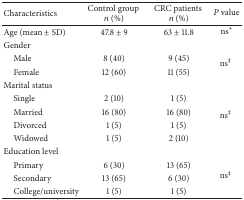
<table><thead><tr><td><b>Characteristics</b></td><td><b>Control group <i>n</i> (%)</b></td><td><b>CRC patients <i>n</i> (%)</b></td><td><b><i>P</i> value</b></td></tr></thead><tbody><tr><td>Age (mean ± SD)</td><td>47.8 ± 9</td><td>63 ± 11.8</td><td>ns∗</td></tr><tr><td>Gender</td><td> </td><td> </td><td> </td></tr><tr><td> Male</td><td>8 (40)</td><td>9 (45)</td><td rowspan="2">ns<sup>‡</sup></td></tr><tr><td> Female</td><td> 12 (60)</td><td> 11 (55)</td></tr><tr><td>Marital status</td><td> </td><td> </td><td> </td></tr><tr><td> Single</td><td>2 (10)</td><td>1 (5)</td><td rowspan="4">ns<sup>‡</sup></td></tr><tr><td> Married</td><td>16 (80)</td><td>16 (80)</td></tr><tr><td> Divorced</td><td>1 (5)</td><td>1 (5)</td></tr><tr><td> Widowed</td><td>1 (5)</td><td> 2 (10)</td></tr><tr><td>Education level</td><td> </td><td> </td><td> </td></tr><tr><td> Primary</td><td>6 (30)</td><td>13 (65)</td><td rowspan="3">ns<sup>‡</sup></td></tr><tr><td> Secondary</td><td>13 (65)</td><td>6 (30)</td></tr><tr><td> College/university</td><td>1 (5)</td><td>1 (5)</td></tr></tbody></table>